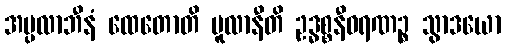
အပ္ပလာဘီနံ ထေတောတိ မူလာနီတိ ဥဒ္ဓစ္စနီဝရဏဉ္စ သွာဒယော